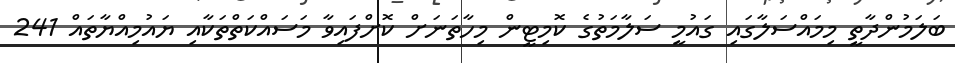
ބަލަމުންދާތީ މިމައްސަލާގައި ގައުމީ ސަލާމަތުގެ ކޮމިޓީން މިހާތަނަށް ކޮށްފައިވާ މަސައްކަތްތަކާއި ޔައުމިއްޔާތައް 241